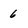
Character: 6